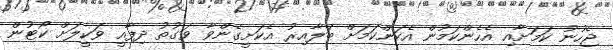
ޖެހުނު ކަމަށާއި އެހެންކަމުން އެކަންކަމަށް ބަލާއިރު އެކަށީގެންވާ ވަގުތު ދިފާއީ ވަކީލަށް ކޯޓުން